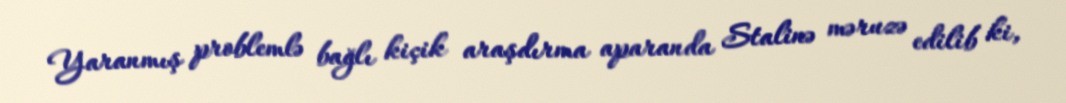
Yaranmış problemlə bağlı kiçik araşdırma aparanda Stalinə məruzə edilib ki,